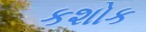
કશોક